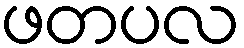
ဖတပလ